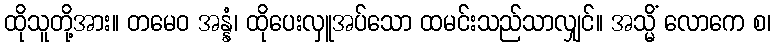
ထိုသူတို့အား။ တမေဝ အန္နံ၊ ထိုပေးလှူအပ်သော ထမင်းသည်သာလျှင်။ အသ္မိံ လောကေ စ၊